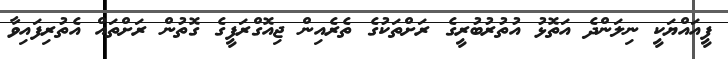
ފީއައްޔަކީ ނިލަންދެ އަތޮޅު އުތުރުބުރީގެ ރަށްތަކުގެ ތެރެއިން ޖިއޮގްރަފީގެ ގޮތުން ރަށްތައް އެތުރިފައިވާ